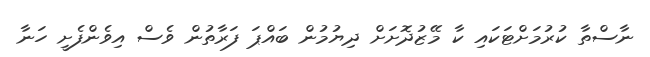
ނާސްތާ ކުރުމަށްޓަކައި ކާ މޭޒުދޮށަށް ދިޔުމުން ބައްޕަ ފަރާތުން ވެސް އިވެންފެށީ ހަނާ